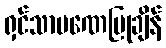
ရှင်သာမဏေပြုချိန်